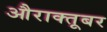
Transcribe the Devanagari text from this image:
औराक्तूबर